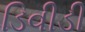
ડિવીડી